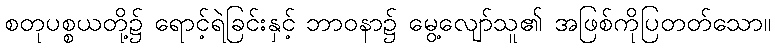
စတုပစ္စယတို့၌ ရောင့်ရဲခြင်းနှင့် ဘာဝနာ၌ မွေ့လျော်သူ၏ အဖြစ်ကိုပြတတ်သော။